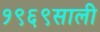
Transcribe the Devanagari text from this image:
१९६९साली